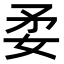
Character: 𡛺